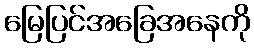
မြေပြင်အခြေအနေကို